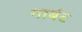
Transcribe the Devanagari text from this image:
गार्बट